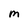
Character: M